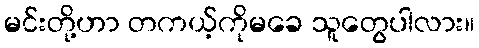
မင်းတို့ဟာ တကယ့်ကိုမခေ သူတွေပါလား။